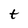
Character: t